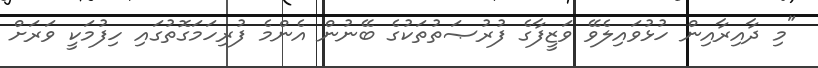
"މި ދާއިރާއިން ހުޅުވައިލެވޭ ވަޒީފާގެ ފުރުޞަތުތަކުގެ ބޭނުން އެންމެ ފުރިހަމަގޮތުގައި ހިފުމަކީ ވަރަށް